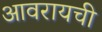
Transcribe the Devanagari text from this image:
आवरायची